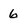
Character: 6